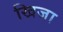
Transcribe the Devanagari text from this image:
खिजा